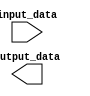
module parameterized_module #(parameter PARAM_A = 4, PARAM_B = 8, PARAM_C = 16)(
    input wire [PARAM_A-1:0] input_data,
    output reg [PARAM_B-1:0] output_data
);

// Your desired operation or behavior here based on the parameters

endmodule